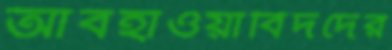
আবহাওয়াবিদদের